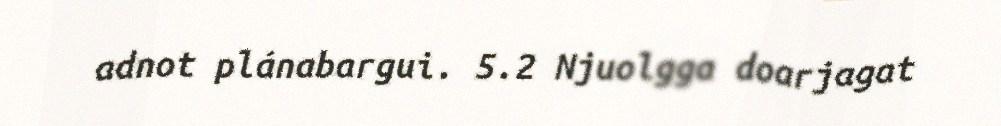
adnot plánabargui. 5.2 Njuolgga doarjagat